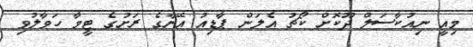
މިއީ ނިއުކާސަލް ދޫކޮށް ކޯޗު އެލަން ޕާޑިއު އޭނާގެ ރަށުގެ ޓީމާ ހަވާލުވި